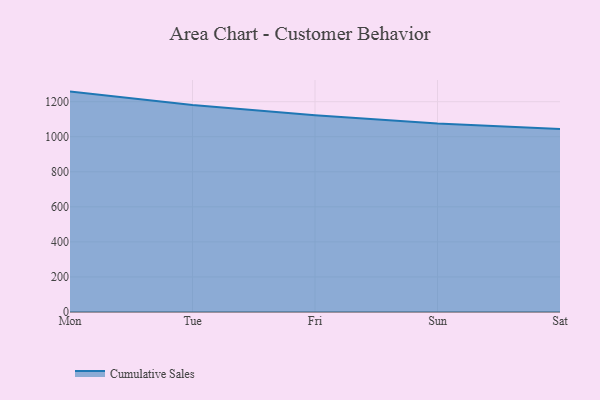
{"axis": {"x": "Day", "y": "Energy Usage (MWh)"}, "legend": ["Cumulative Sales"], "data": [{"x": "Mon", "y": 1257.5, "type": "Cumulative Sales"}, {"x": "Tue", "y": 1180.4, "type": "Cumulative Sales"}, {"x": "Fri", "y": 1122.5, "type": "Cumulative Sales"}, {"x": "Sun", "y": 1075.5, "type": "Cumulative Sales"}, {"x": "Sat", "y": 1044.0, "type": "Cumulative Sales"}]}